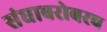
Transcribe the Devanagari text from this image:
संघाबरोबरच